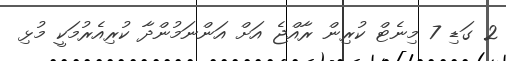
2 ގަޑި 7 މިނެޓް ކުރިން ރާއްޖެ އަށް އަންނަމުންދާ ކުރިއެރުމަކީ މުޅި